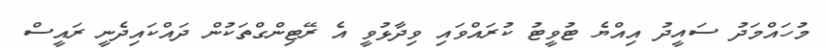
މުހައްމަދު ސައީދު އިއްޔެ ޓުވީޓު ކުރައްވައި ވިދާޅުވީ އެ ރޭޓިންގްތަކުން ދައްކައިދެނީ ރައީސް